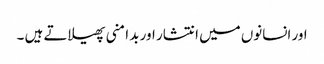
اور انسانوں میں انتشار اور بد امنی پھیلاتے ہیں ۔